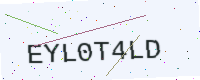
Text: EYL0T4LD